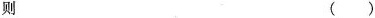
则 ()